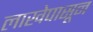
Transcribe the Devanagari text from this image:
लाखेपासून